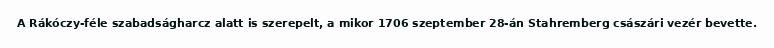
A Rákóczy-féle szabadságharcz alatt is szerepelt, a mikor 1706 szeptember 28-án Stahremberg császári vezér bevette.